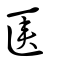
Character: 匧